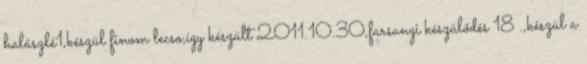
halászlé1,készül finom lecso,így készült 2011.10.30,farsangi készülődés 18 .,készül a